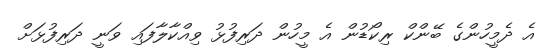
އެ ދެމީހުންގެ ބޭންކް ރިކޯޑުން އެ މީހުން ދަރިފުޅު ވިއްކާލާފައި ވަނީ ދަރިފުޅަށް